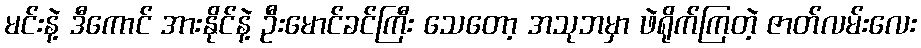
မင်းနဲ့ ဒီကောင် အားနိုင်နဲ့ ဦးမောင်ခင်ကြီး သေတော့ အသုဘမှာ ဖဲရိုက်ကြတဲ့ ဇာတ်လမ်းလေး